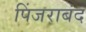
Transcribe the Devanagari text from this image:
पिंजराबंद